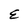
Character: E